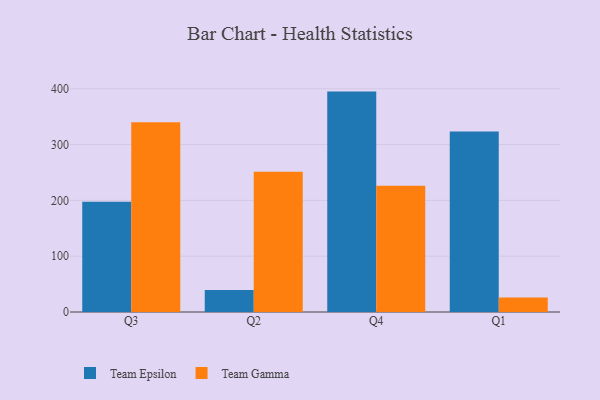
{"axis": {"x": "Quarter", "y": "Net Income (USD K)"}, "legend": ["Team Epsilon", "Team Gamma"], "data": [{"x": "Q3", "y": 197.4, "type": "Team Epsilon"}, {"x": "Q3", "y": 340.0, "type": "Team Gamma"}, {"x": "Q2", "y": 39.6, "type": "Team Epsilon"}, {"x": "Q2", "y": 251.4, "type": "Team Gamma"}, {"x": "Q4", "y": 394.9, "type": "Team Epsilon"}, {"x": "Q4", "y": 226.1, "type": "Team Gamma"}, {"x": "Q1", "y": 323.4, "type": "Team Epsilon"}, {"x": "Q1", "y": 25.8, "type": "Team Gamma"}]}